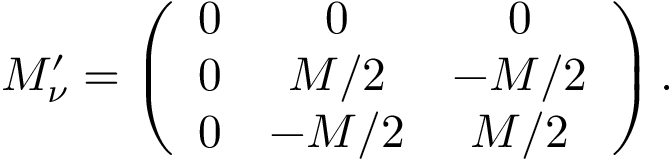
M _ { \nu } ^ { \prime } = \left( \begin{array} { c c c } { { 0 } } & { { 0 } } & { { 0 } } \\ { { 0 } } & { { M / 2 } } & { { - M / 2 } } \\ { { 0 } } & { { - M / 2 } } & { { M / 2 } } \end{array} \right) .